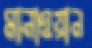
মানাওয়ান